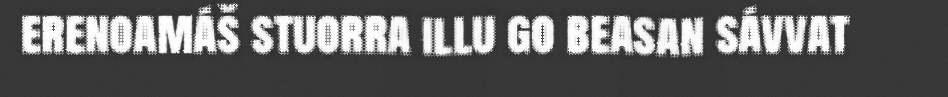
erenoamáš stuorra illu go beasan sávvat